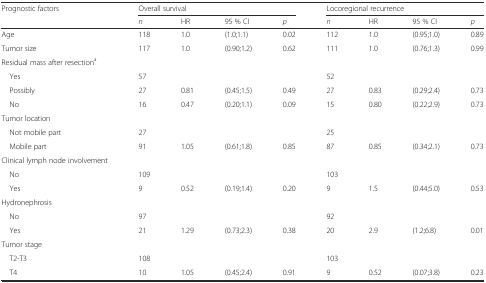
| <ROWSPAN=2> Prognostic factors | <COLSPAN=4> Overall survival | <COLSPAN=4> Locoregional recurrence |
 | n | HR | 95 % CI | p | n | HR | 95 % CI | p |
 | --- | --- | --- | --- | --- | --- | --- | --- | --- |
 | Age | 118 | 1.0 | (1.0;1.1) | 0.02 | 112 | 1.0 | (0.95;1.0) | 0.89 |
 | Tumor size | 117 | 1.0 | (0.90;1.2) | 0.62 | 111 | 1.0 | (0.76;1.3) | 0.99 |
 | Residual mass after resectiona |  |  |  |  |  |  |  |  |
 | Yes | 57 |  |  |  | 52 |  |  |  |
 | Possibly | 27 | 0.81 | (0.45;1.5) | 0.49 | 27 | 0.83 | (0.29;2.4) | 0.73 |
 | No | 16 | 0.47 | (0.20;1.1) | 0.09 | 15 | 0.80 | (0.22;2.9) | 0.73 |
 | Tumor location |  |  |  |  |  |  |  |  |
 | Not mobile part | 27 |  |  |  | 25 |  |  |  |
 | Mobile part | 91 | 1.05 | (0.61;1.8) | 0.85 | 87 | 0.85 | (0.34;2.1) | 0.73 |
 | Clinical lymph node involvement |  |  |  |  |  |  |  |  |
 | No | 109 |  |  |  | 103 |  |  |  |
 | Yes | 9 | 0.52 | (0.19;1.4) | 0.20 | 9 | 1.5 | (0.44;5.0) | 0.53 |
 | Hydronephrosis |  |  |  |  |  |  |  |  |
 | No | 97 |  |  |  | 92 |  |  |  |
 | Yes | 21 | 1.29 | (0.73;2.3) | 0.38 | 20 | 2.9 | (1.2;6.8) | 0.01 |
 | Tumor stage |  |  |  |  |  |  |  |  |
 | T2-T3 | 108 |  |  |  | 103 |  |  |  |
 | T4 | 10 | 1.05 | (0.45;2.4) | 0.91 | 9 | 0.52 | (0.07;3.8) | 0.23 |